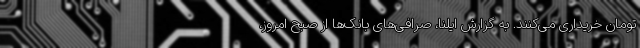
تومان خریداری می‌کنند. به گزارش ایلنا، صرافی‌های بانک‌ها از صبح امروز،